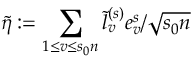
\tilde { \eta } : = \sum _ { 1 \le v \le s _ { 0 } n } \tilde { l } _ { v } ^ { ( s ) } e _ { v } ^ { s } / \sqrt { s _ { 0 } n }